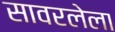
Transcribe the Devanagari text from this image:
सावरलेला